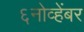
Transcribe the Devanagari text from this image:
६नोव्हेंबर